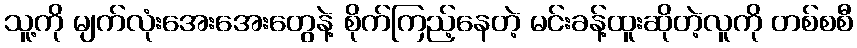
သူ့ကို မျက်လုံးအေးအေးတွေနဲ့ စိုက်ကြည့်နေတဲ့ မင်းခန့်ထူးဆိုတဲ့လူကို တစ်စစီ